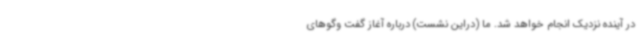
در آینده نزدیک انجام خواهد شد. ما (دراین نشست) درباره آغاز گفت وگوهای